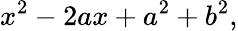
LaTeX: x^{2}-2ax+a^{2}+b^{2},